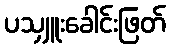
ပသျှူးခေါင်းဖြတ်